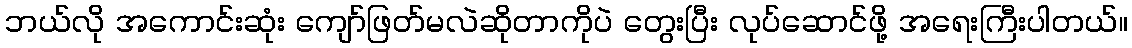
ဘယ်လို အကောင်းဆုံး ကျော်ဖြတ်မလဲဆိုတာကိုပဲ တွေးပြီး လုပ်ဆောင်ဖို့ အရေးကြီးပါတယ်။